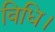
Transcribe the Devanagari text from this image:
विधि।